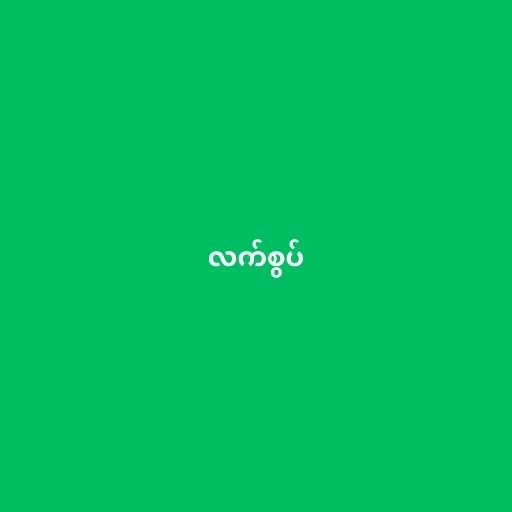
လက်စွပ်